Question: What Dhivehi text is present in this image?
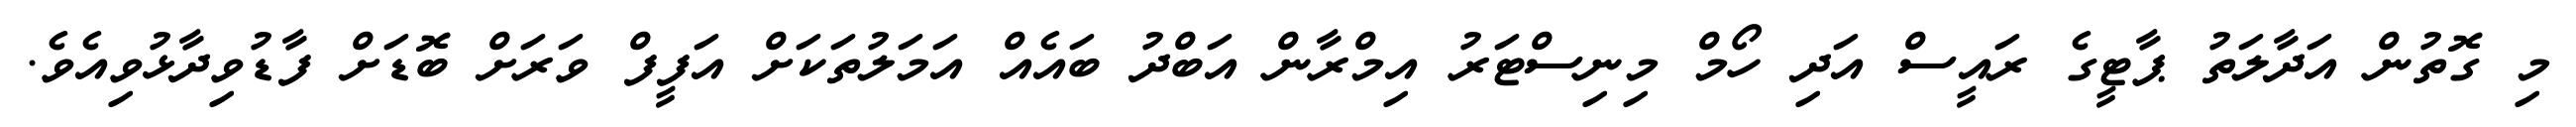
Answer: މި ގޮތުން އަދާލަތު ޕާޓީގެ ރައީސް އަދި ހޯމް މިނިސްޓަރު އިމްރާން އަބްދު ބައެއް އަމަލުތަކަށް އަފީފް ވަރަށް ބޮޑަށް ފާޑުވިދާޅުވިއެވެ.